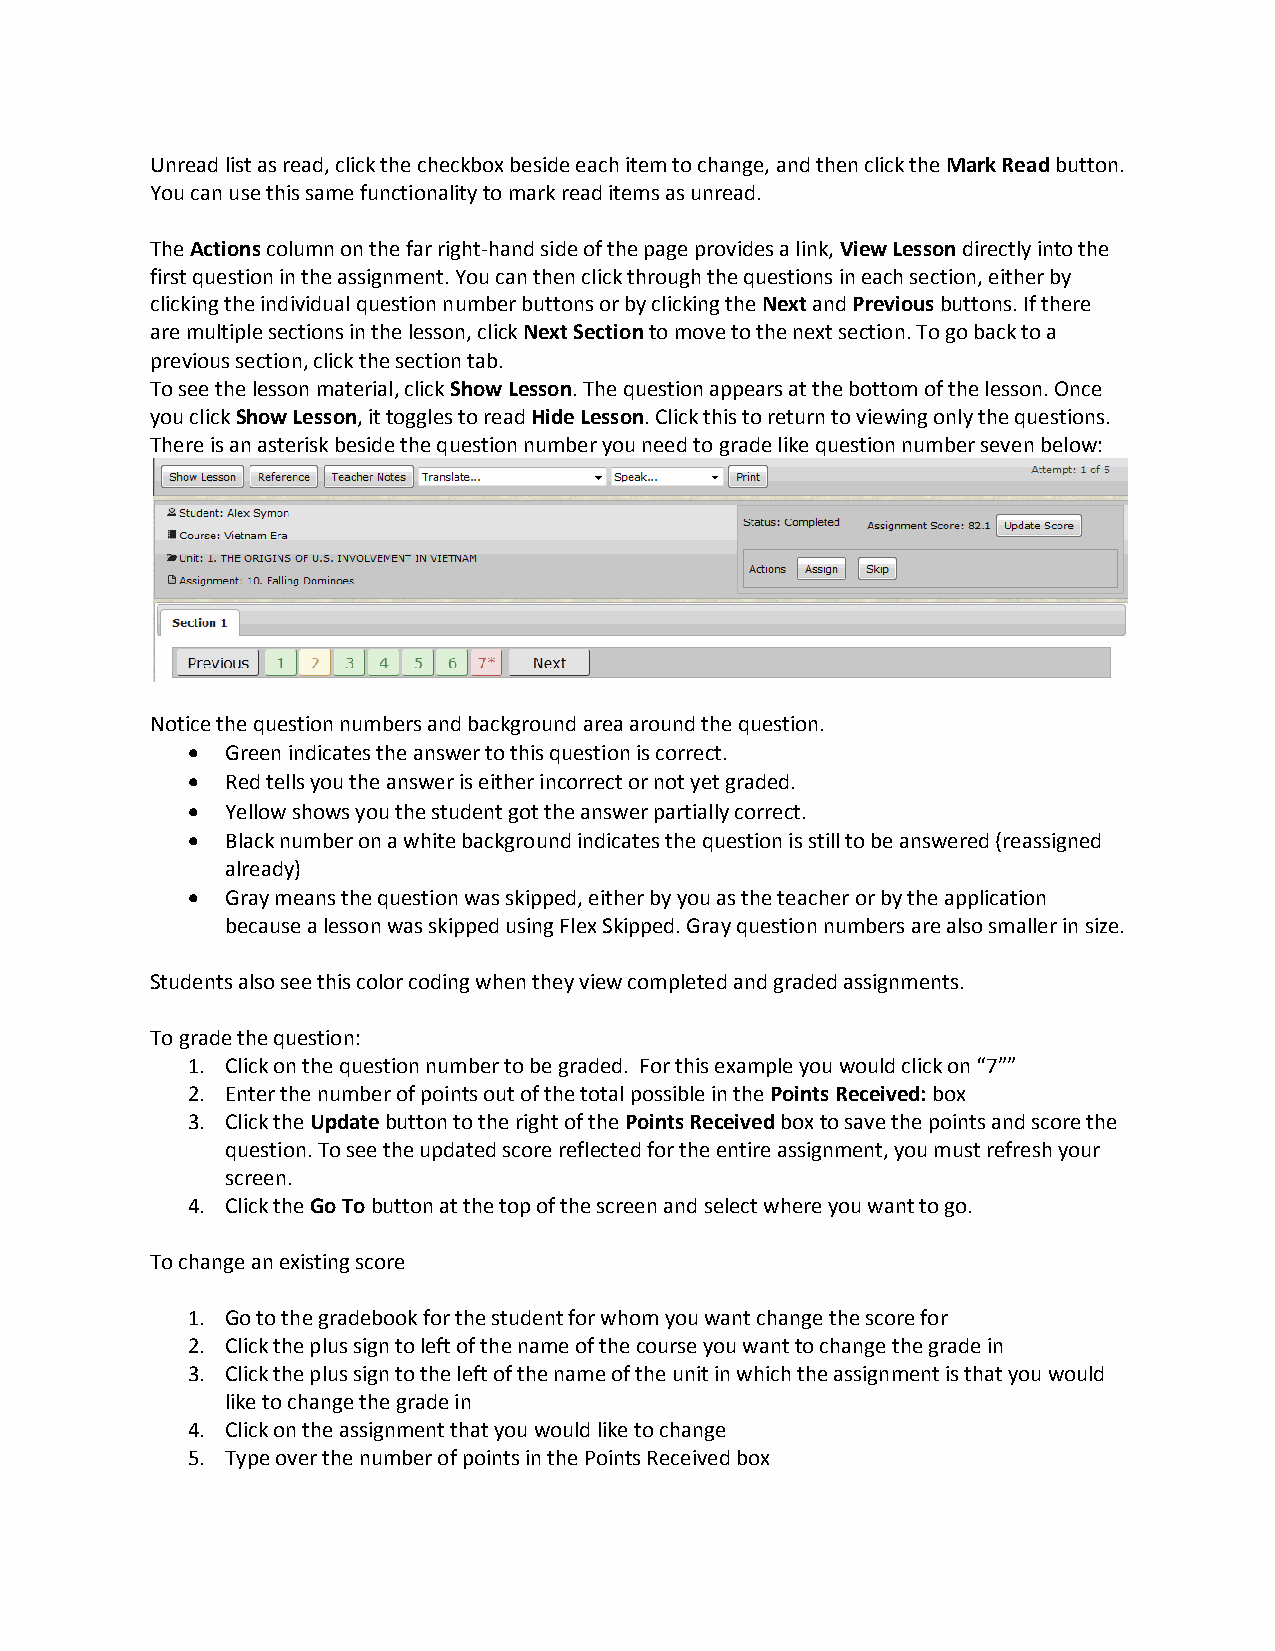
Unread list as read, click the checkbox beside each item to change, and then click the Mark Read button.
 You can use this same functionality to mark read items as unread.
 The Actions column on the far right-hand side of the page provides a link, View Lesson directly into the
 first question in the assignment. You can then click through the questions in each section, either by
 clicking the individual question number buttons or by clicking the Next and Previous buttons. If there
 are multiple sections in the lesson, click Next Section to move to the next section. To go back to a
 previous section, click the section tab.
 To see the lesson material, click Show Lesson. The question appears at the bottom of the lesson. Once
 you click Show Lesson, it toggles to read Hide Lesson. Click this to return to viewing only the questions.
 There is an asterisk beside the question number you need to grade like question number seven below:
 Notice the question numbers and background area around the question.
   Green indicates the answer to this question is correct.
   Red tells you the answer is either incorrect or not yet graded.
   Yellow shows you the student got the answer partially correct.
   Black number on a white background indicates the question is still to be answered (reassigned
 already)
   Gray means the question was skipped, either by you as the teacher or by the application
 because a lesson was skipped using Flex Skipped. Gray question numbers are also smaller in size.
 Students also see this color coding when they view completed and graded assignments.
 To grade the question:
 1. Click on the question number to be graded. For this example you would click on “7””
 2. Enter the number of points out of the total possible in the Points Received: box
 3. Click the Update button to the right of the Points Received box to save the points and score the
 question. To see the updated score reflected for the entire assignment, you must refresh your
 screen.
 4. Click the Go To button at the top of the screen and select where you want to go.
 To change an existing score
 1. Go to the gradebook for the student for whom you want change the score for
 2. Click the plus sign to left of the name of the course you want to change the grade in
 3. Click the plus sign to the left of the name of the unit in which the assignment is that you would
 like to change the grade in
 4. Click on the assignment that you would like to change
 5. Type over the number of points in the Points Received box